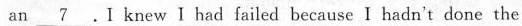
an \underline{7}. I knew Ⅰhad failed because I hadn't done the